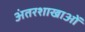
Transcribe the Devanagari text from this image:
अंतरशाखाओं